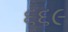
૬૬૯